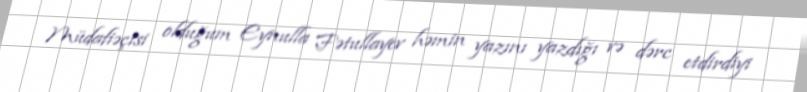
Müdafiəçisi olduğum Eynulla Fətullayev həmin yazını yazdığı və dərc etdirdiyi